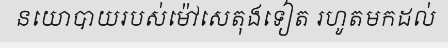
នយោបាយរបស់ម៉ៅសេតុងទៀត រហូតមកដល់